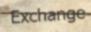
Exchange